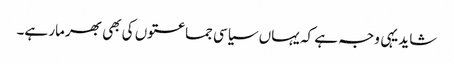
شاید یہی وجہ ہے کہ یہاں سیاسی جماعتوں کی بھی بھرمار ہے۔